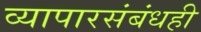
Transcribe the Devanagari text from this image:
व्यापारसंबंधही